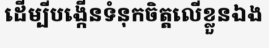
ដើម្បីបង្កើនទំនុកចិត្តលើខ្លួនឯង